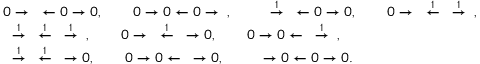
\begin{array} { r l } & { 0 \to \Bbbk \leftarrow 0 \to 0 , \qquad 0 \to 0 \leftarrow 0 \to \Bbbk , \qquad \Bbbk \stackrel { 1 } { \to } \Bbbk \leftarrow 0 \to 0 , \qquad 0 \to \Bbbk \stackrel { 1 } { \leftarrow } \Bbbk \stackrel { 1 } { \to } \Bbbk , } \\ & { \Bbbk \stackrel { 1 } { \to } \Bbbk \stackrel { 1 } { \leftarrow } \Bbbk \stackrel { 1 } { \to } \Bbbk , \qquad 0 \to \Bbbk \stackrel { 1 } { \leftarrow } \Bbbk \to 0 , \qquad 0 \to 0 \leftarrow \Bbbk \stackrel { 1 } { \to } \Bbbk , } \\ & { \Bbbk \stackrel { 1 } { \to } \Bbbk \stackrel { 1 } { \leftarrow } \Bbbk \to 0 , \qquad 0 \to 0 \leftarrow \Bbbk \to 0 , \qquad \Bbbk \to 0 \leftarrow 0 \to 0 . } \end{array}